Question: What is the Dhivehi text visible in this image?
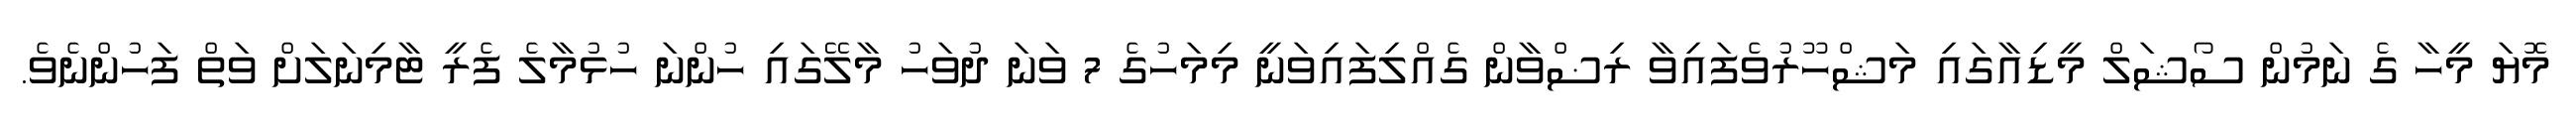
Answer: މޮޔަ މީހާ ގެ ނަމުން ސޯޝަލް މީޑިއާގައި މަޝްހޫރުވެފައިވާ ރިޟްވާން ގެއްލިފައިވަނީ މިމަހުގެ 7 ވަނަ ދުވަހު މާލޭގައި ހުންނަ ހުޅުމާލެ ފެރީ ޓާމިނަލަށް ވަތް ފަހުންނެވެ.